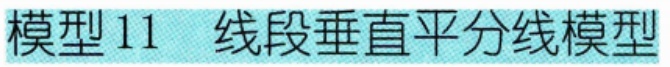
模型11  线段垂直平分线模型